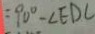
= 9 0 ^ { \circ } - \angle E D C